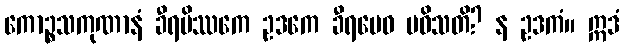
ကောဉ္စသကုဏာနံ ခီရမိဿကေ ဥဒကေ ခီရမေဝ ပဝိသတိ? န ဥဒကံ။ ဣဒံ